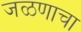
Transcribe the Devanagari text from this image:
जळणाचा